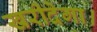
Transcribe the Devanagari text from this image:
खरीदेगा।